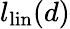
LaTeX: l_{\mathrm{lin}}(d)